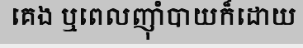
គេង ឬពេលញ៉ាំបាយក៏ដោយ